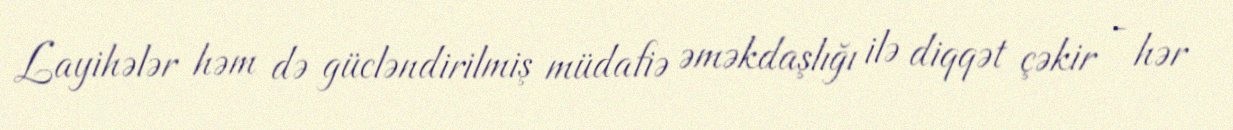
Layihələr həm də gücləndirilmiş müdafiə əməkdaşlığı ilə diqqət çəkir - hər